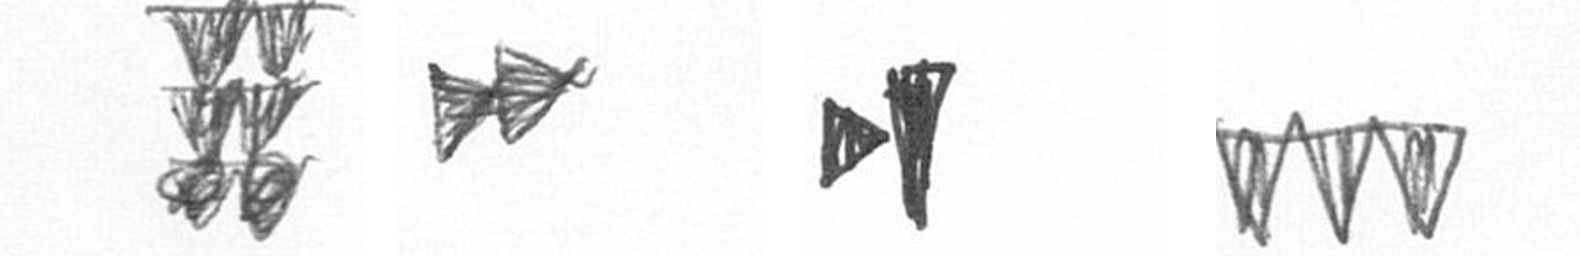
Y A M L